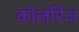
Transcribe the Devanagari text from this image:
कॊलरिज